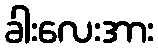
ခါးလေးအား